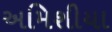
અમિશીયા